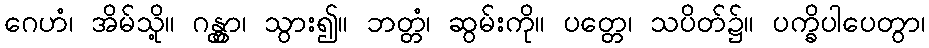
ဂေဟံ၊ အိမ်သို့။ ဂန္တွာ၊ သွား၍။ ဘတ္တံ၊ ဆွမ်းကို။ ပတ္တေ၊ သပိတ်၌။ ပက္ခိပါပေတွာ၊